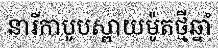
នារីកាបូបស្ពាយម៉ូតថ្មីឆ្នាំ